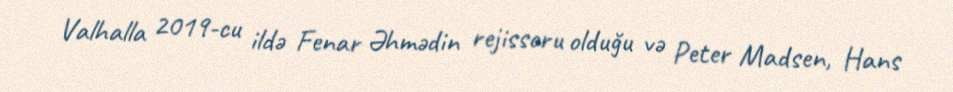
Valhalla 2019-cu ildə Fenar Əhmədin rejissoru olduğu və Peter Madsen, Hans